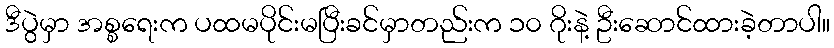
ဒီပွဲမှာ အစ္စရေးက ပထမပိုင်းမပြီးခင်မှာတည်းက ၁၀ ဂိုးနဲ့ ဦးဆောင်ထားခဲ့တာပါ။